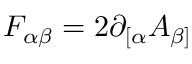
F _ { \alpha \beta } = 2 \partial _ { [ \alpha } A _ { \beta ] }